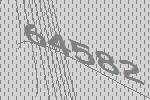
64582